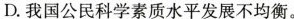
D.我国公民科学素质水平发展不均衡。